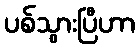
ပစ်သွားပြီဟာ